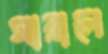
সারালে